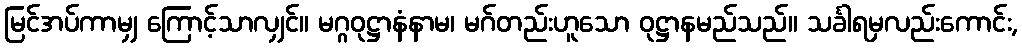
မြင်အပ်ကာမျှ ကြောင့်သာလျှင်။ မဂ္ဂဝုဋ္ဌာနံနာမ၊ မဂ်တည်းဟူသော ဝုဋ္ဌာနမည်သည်။ သင်္ခါရမှလည်းကောင်း,